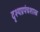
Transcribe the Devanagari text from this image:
दृश्यप्रपंचशास्त्र